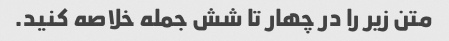
متن زیر را در چهار تا شش جمله خلاصه کنید.